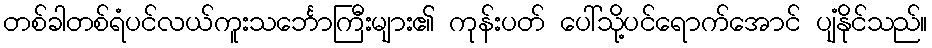
တစ်ခါတစ်ရံပင်လယ်ကူးသင်္ဘောကြီးများ၏ ကုန်းပတ် ပေါ်သို့ပင်ရောက်အောင် ပျံနိုင်သည်။